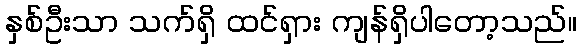
နှစ်ဦးသာ သက်ရှိ ထင်ရှား ကျန်ရှိပါတော့သည်။